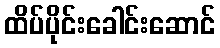
ထိပ်ပိုင်းခေါင်းဆောင်